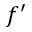
f ^ { \prime }